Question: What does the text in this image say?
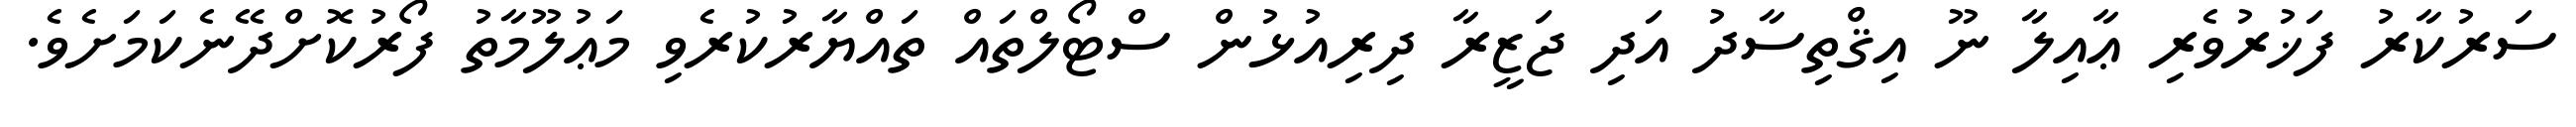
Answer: ސަރުކާރު ފަޚުރުވެރި ޢާއިލާ ނޫ އިޤްތިސާދު އަދި ޖަޒީރާ ދިރިއުޅުން ސްޓޯލްތައް ތައްޔާރުކުރެވި މަޢުލޫމާތު ފޯރުކޮށްދޭނެކަމަށެވެ.